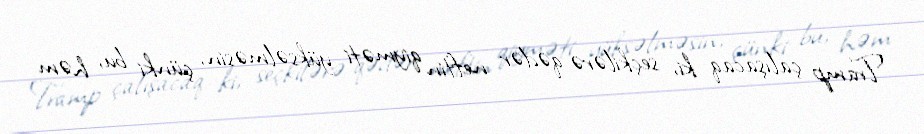
Tramp çalışacaq ki, seçkilərə qədər neftin qiyməti yüksəlməsin, çünki bu, həm